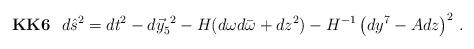
LaTeX: \begin{align*}{\bf KK6}\,\,\,\,d\hat{s}^{2} = dt^{2}-d\vec{y}^{\ 2}_{5}-H(d\omega d\bar{\omega} +dz^{2}) -H^{-1}\left(dy^{7} -Adz \right)^{2}\, .\end{align*}